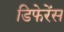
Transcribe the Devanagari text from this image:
डिफेरेंस